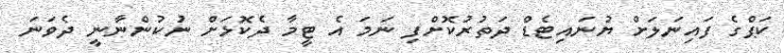
ކަޕްގެ ފައިނަލަށް ޔުނައިޓެޑް ދަތުރުކޮށްފި ނަމަ އެ ޓީމާ ދެކޮޅަށް ނުކުންނާނީ ދެވަނަ